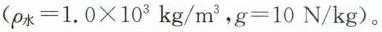
($$\rho _{水}=1.0\times 10^{3}kg/m^{3}$$，$$g=10N/kg$$)。